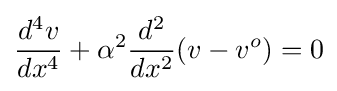
{\frac {d^{4}v}{dx^{4}}}+\alpha ^{2}{\frac {d^{2}}{dx^{2}}}(v-v^{o})=0